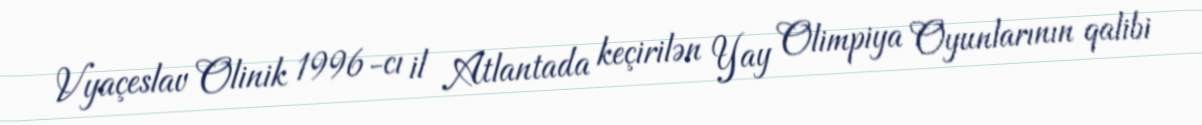
Vyaçeslav Olinik 1996-cı il Atlantada keçirilən Yay Olimpiya Oyunlarının qalibi